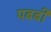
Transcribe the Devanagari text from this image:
पबबी